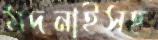
মদনাইসহ